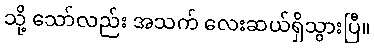
သို့ သော်လည်း အသက် လေးဆယ်ရှိသွားပြီ။